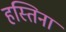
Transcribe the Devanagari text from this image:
हस्तिना